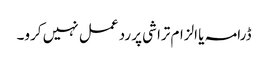
ڈرامہ یا الزام تراشی پر رد عمل نہیں کرو۔